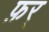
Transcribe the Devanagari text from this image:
फ़र्